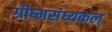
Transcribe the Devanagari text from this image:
ग्रीष्मसंध्यकल्